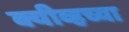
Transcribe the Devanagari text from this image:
क्यीव्हच्या